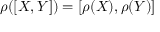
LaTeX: \rho ( [ X , Y ] ) = [ \rho ( X ) , \rho ( Y ) ]